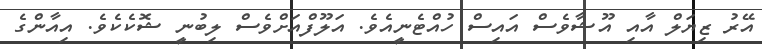
އޭރު ޒިޔަލް އާއި އޫޝާވެސް އައިސް ހުއްޓެނީއެވެ. އަލޫފްއަށްވެސް ލިބުނީ ޝޮކެކެވެ. އިއާންގެ